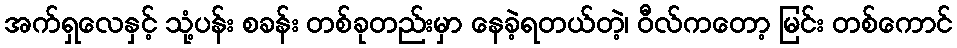
အက်ရှလေနှင့် သုံ့ပန်း စခန်း တစ်ခုတည်းမှာ နေခဲ့ရတယ်တဲ့၊ ဝီလ်ကတော့ မြင်း တစ်ကောင်